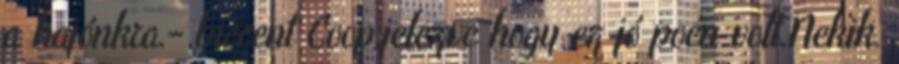
a hajónkra.- biccent Coop,jelezve hogy ez jó poén volt.Nekik.